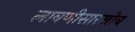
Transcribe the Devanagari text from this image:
लावणीसारखीच